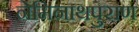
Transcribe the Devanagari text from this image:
नेमिनाथपुराण